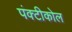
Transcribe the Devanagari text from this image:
पंक्टीकोल